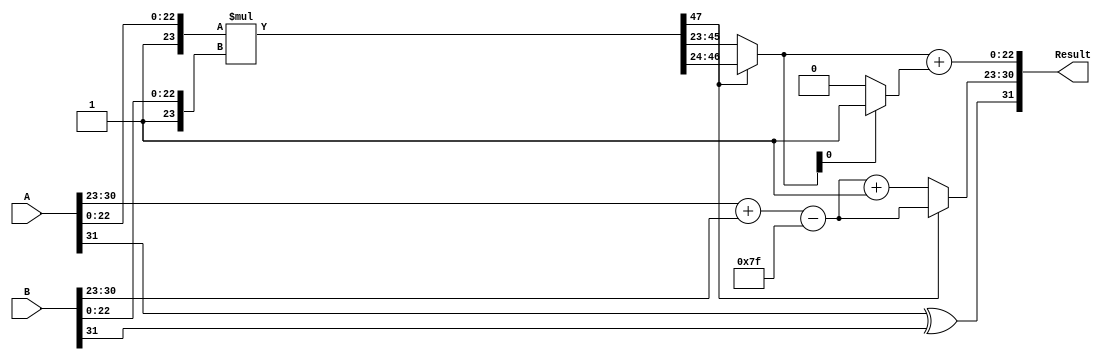
module floating_point_multiplier (
    input  wire [31:0] A, // First floating-point operand
    input  wire [31:0] B, // Second floating-point operand
    output wire [31:0] Result // Product of A and B
);

    // Extracting components from A
    wire sign_A = A[31];
    wire [7:0] exponent_A = A[30:23];
    wire [22:0] mantissa_A = A[22:0];

    // Extracting components from B
    wire sign_B = B[31];
    wire [7:0] exponent_B = B[30:23];
    wire [22:0] mantissa_B = B[22:0];

    // Sign Calculation
    wire sign_result = sign_A ^ sign_B;

    // Exponent Calculation
    localparam BIAS = 8'd127;
    wire [8:0] exponent_sum = exponent_A + exponent_B - BIAS; // 9 bits to avoid overflow
    wire [7:0] exponent_result = exponent_sum[7:0];

    // Mantissa Calculation
    wire [23:0] mantissa_A_full = {1'b1, mantissa_A}; // Implicit leading 1
    wire [23:0] mantissa_B_full = {1'b1, mantissa_B}; // Implicit leading 1
    wire [47:0] mantissa_product = mantissa_A_full * mantissa_B_full; // 24x24 = 48 bits

    // Normalization
    reg [23:0] mantissa_result;
    reg [7:0] exponent_adjusted;
    always @* begin
        if (mantissa_product[47]) begin
            mantissa_result = mantissa_product[46:24]; // Already normalized
            exponent_adjusted = exponent_result; // No shift needed
        end else begin
            mantissa_result = mantissa_product[45:23]; // Shift right
            exponent_adjusted = exponent_result + 1; // Increment exponent
        end
    end

    // Rounding
    wire [23:0] mantissa_rounded;
    assign mantissa_rounded = mantissa_result + (mantissa_result[0] ? 1 : 0); // Simplistic round to even

    // Output assembly
    assign Result = {sign_result, exponent_adjusted, mantissa_rounded[22:0]};

endmodule